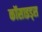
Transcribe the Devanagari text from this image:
कॉसाइड्स